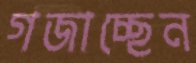
গজাচ্ছেন